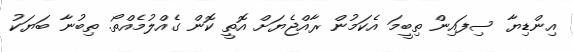
އިންޑިޔާ ސިފައިން ތިބީމަ އެކަމުން ރާއްޖެޔަށް އޮތީ ކޮން ގެއްލުމެއްތޯ. ތިބުނާ ބަޔަކު